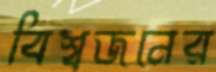
বিশ্বজনের